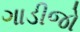
ગાડીજો